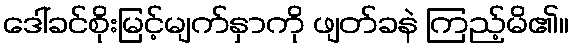
ဒေါ်ခင်စိုးမြင့်မျက်နှာကို ဖျတ်ခနဲ ကြည့်မိ၏။